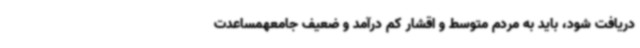
دریافت شود، باید به مردم متوسط و اقشار کم درآمد و ضعیف جامعهمساعدت